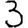
Digit: 3